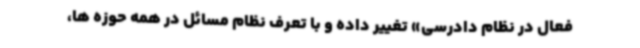
فعال در نظام دادرسی» تغییر داده و با تعرف نظام مسائل در همه حوزه ها،